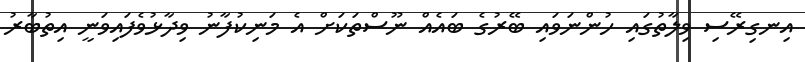
އިނގިރޭސި ވިލާތުގައި ހުންނަވައި ބޭރުގެ ބައެއް ނޫސްތަކަށް އެ މަނިކުފާނު ވިދާޅުވެފައިވަނީ އިތުބާރު